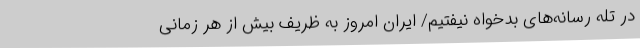
در تله رسانه‌های بدخواه نیفتیم/ ایران امروز به ظریف بیش از هر زمانی